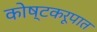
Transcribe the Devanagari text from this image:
कोष्टकरूपात